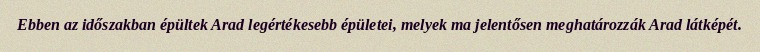
Ebben az időszakban épültek Arad legértékesebb épületei, melyek ma jelentősen meghatározzák Arad látképét.